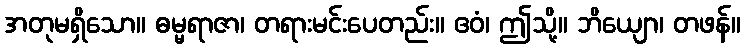
အတုမရှိသော။ ဓမ္မရာဇာ၊ တရားမင်းပေတည်း။ ဧဝံ၊ ဤသို့။ ဘိယျော၊ တဖန်။